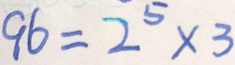
9 6 = 2 ^ { 5 } \times 3